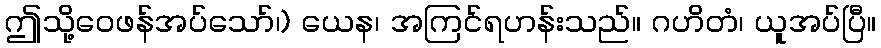
ဤသို့ဝေဖန်အပ်သော်၊) ယေန၊ အကြင်ရဟန်းသည်။ ဂဟိတံ၊ ယူအပ်ပြီ။